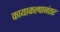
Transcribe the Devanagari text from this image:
कायाकल्पानंतर